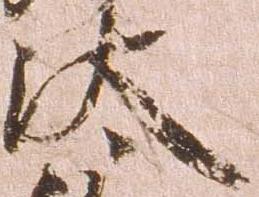
汰